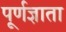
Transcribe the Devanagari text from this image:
पूर्णज्ञाता